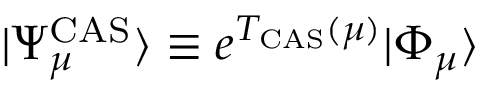
| \Psi _ { \mu } ^ { \mathrm { C A S } } \rangle \equiv e ^ { T _ { \mathrm { C A S } } ( \mu ) } | \Phi _ { \mu } \rangle